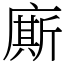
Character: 廝